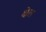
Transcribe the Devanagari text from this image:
क्षेल